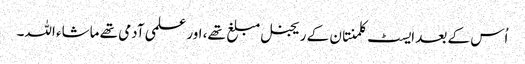
اُس کے بعد ایسٹ کلمنتان کے ریجنل مبلغ تھے، اور علمی آدمی تھے ماشاء اللہ۔